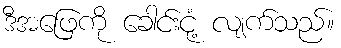
ဒီအဖြေကို ခေါင်းငုံ့ လျက်သည်။